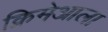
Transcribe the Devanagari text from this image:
क्रिमेआला